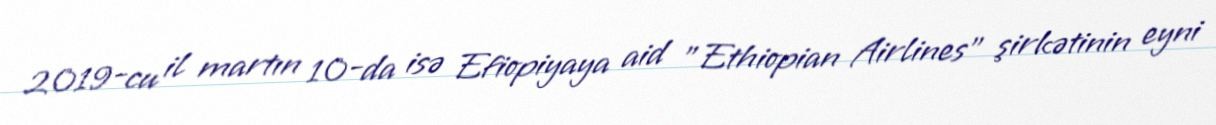
2019-cu il martın 10-da isə Efiopiyaya aid ”Ethiopian Airlines" şirkətinin eyni